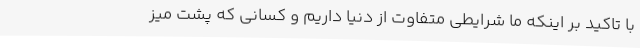
با تاکید بر اینکه ما شرایطی متفاوت از دنیا داریم و کسانی که پشت میز